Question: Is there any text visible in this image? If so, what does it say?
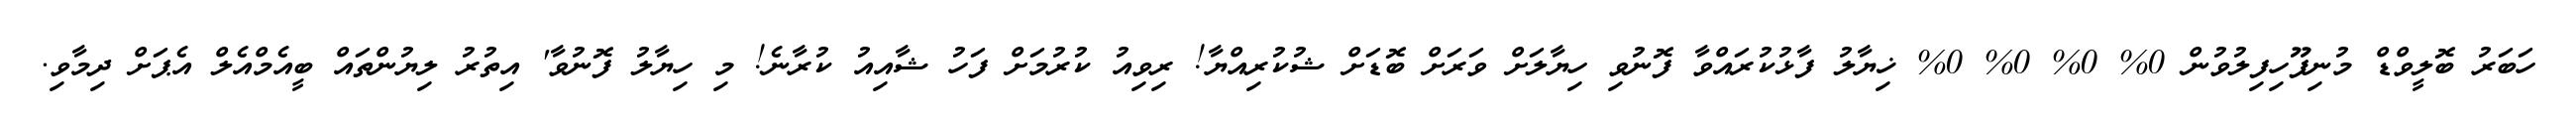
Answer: ހަބަރު ބޮލީވްޑް މުނިފޫހިފިލުވުން 0% 0% 0% 0% ޚިޔާލު ފާޅުކުރައްވާ ފޮނުވި ހިޔާލަށް ވަރަށް ބޮޑަށް ޝުކުރިއްޔާ! ރިވިއު ކުރުމަށް ފަހު ޝާއިއު ކުރާނެ! މި ހިޔާލު ފޮނުވާ' އިތުރު ލިޔުންތައް ބީއެމްއެލް އެޕަށް ދިމާވި.